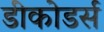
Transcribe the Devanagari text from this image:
डीकोडर्स